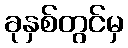
ခုနှစ်တွင်မှ